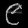
Digit: ၉